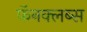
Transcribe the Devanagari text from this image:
फॅनक्लब्स